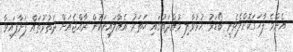
އެންމެ ފާހަގަކޮށްލެވެނީ ބޯޑަރު ހުޅުވާލި މުއްދަތުގައި ހަތަރު އެއާލައިނަކުން ރާއްޖެއަށް ދަތުރުތައް ފަށާފައިވާ